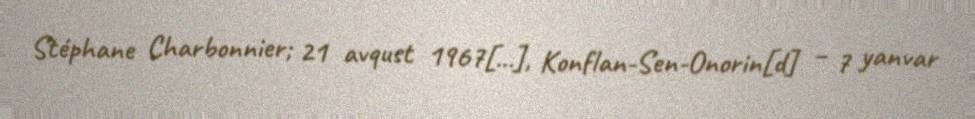
Stéphane Charbonnier; 21 avqust 1967[…], Konflan-Sen-Onorin[d] – 7 yanvar